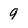
Character: 9